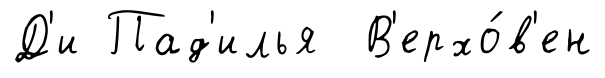
Д'и Пад'илья В'ерхо́в'ен